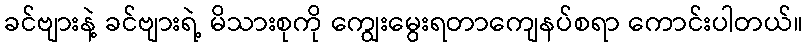
ခင်ဗျားနဲ့ ခင်ဗျားရဲ့ မိသားစုကို ကျွေးမွေးရတာကျေနပ်စရာ ကောင်းပါတယ်။